Note on surra in camels for commandants of camel corps
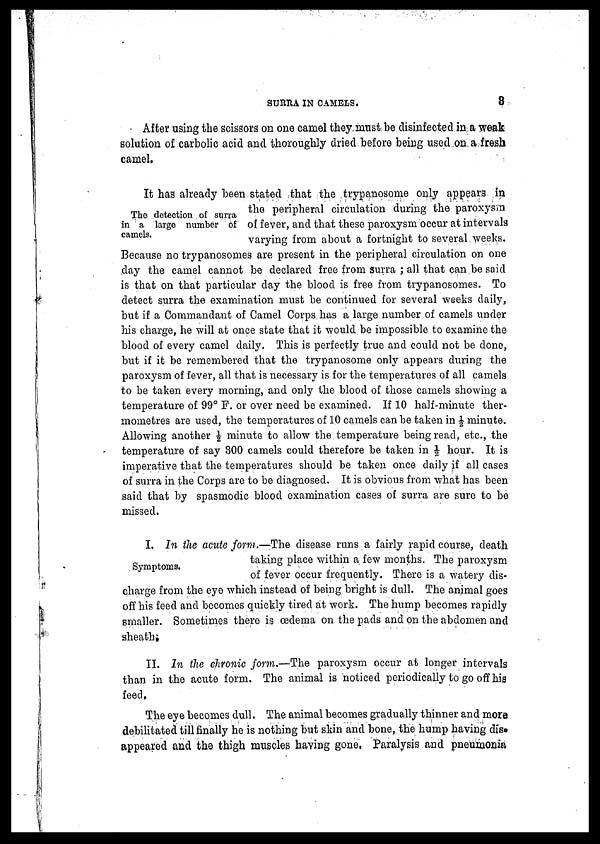
SURRA IN CAMELS.
8
After using the scissors on one camel they must be disinfected in a weak
solution of carbolic acid and thoroughly dried before being used on a fresh
camel.
The detection of surra
in a largo number of
camels.
It has already been stated that the trypanosome only appears in
the peripheral circulation during the paroxysm
of fever, and that these paroxysm occur at intervals
varying from about a fortnight to several weeks.
Because no trypanosomes are present in the peripheral circulation on one
day the camel cannot be declared free from surra ; all that can be said
is that on that particular day the blood is free from trypanosomes. To
detect surra the examination must be continued for several weeks daily,
but if a Commandant of Camel Corps has a large number of camels under
his charge, he will at once state that it would be impossible to examine the
blood of every camel daily. This is perfectly true and could not be done,
but if it be remembered that the trypanosome only appears during the
paroxysm of fever, all that is necessary is for the temperatures of all camels
to be taken every morning, and only the blood of those camels showing a
temperature of 99° F. or over need be examined. If 10 half-minute ther-
mometres are used, the temperatures of 10 camels can be taken in ½ minute.
Allowing another ½ minute to allow the temperature being read, etc., the
temperature of say 300 camels could therefore be taken in ½ hour. It is
imperative that the temperatures should be taken once daily if all cases
of surra in the Corps are to be diagnosed. It is obvious from what has been
said that by spasmodic blood examination cases of surra are sure to be
missed.
Symptoms.
I. In the acute form.—The disease runs a fairly rapid course, death
taking place within a few months. The paroxysm
of fever occur frequently. There is a watery dis-
charge from the eye which instead of being bright is dull. The animal goes
off his feed and becomes quickly tired at work. The hump becomes rapidly
smaller. Sometimes there is oedema on the pads and on the abdomen and
sheath.
II. In the chronic form.—The paroxysm occur at longer intervals
than in the acute form. The animal is noticed periodically to go off his
feed.
The eye becomes dull. The animal becomes gradually thinner and more
debilitated till finally he is nothing but skin and bone, the hump having dis-
appeared and the thigh muscles having gone, Paralysis and pneumonia